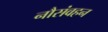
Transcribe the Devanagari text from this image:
नौसंवहन